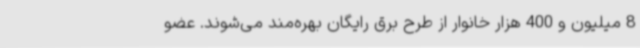
8 میلیون و 400 هزار خانوار از طرح برق رایگان بهره‌مند می‌شوند. عضو